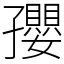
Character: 孾